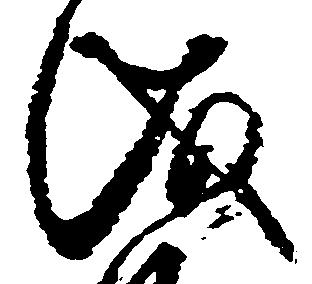
儀